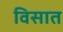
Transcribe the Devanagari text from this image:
विसात